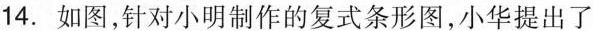
14. 如图，针对小明制作的复式条形图，小华提出了